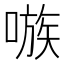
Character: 嗾